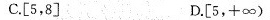
C.[5，8] D.[5，+∞)